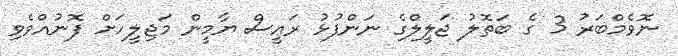
ނޮވެމްބަރު 3 ގެ ބަތޮލު ޖަލީލްގެ ނަންފުޅު ރައީސް ޔާމީން މަޖިލީހަށް ފޮނުއްވެވި